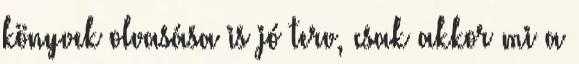
könyvek olvasása is jó terv, csak akkor mi a